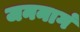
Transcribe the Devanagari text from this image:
जननागं